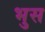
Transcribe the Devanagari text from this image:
भुस